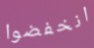
انخفضوا